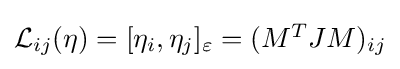
{\textstyle {\mathcal {L}}_{ij}(\eta )=[\eta _{i},\eta _{j}]_{\varepsilon }=(M^{T}JM)_{ij}}